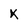
Character: x